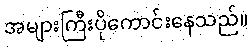
အများကြီးပိုကောင်းနေသည်။